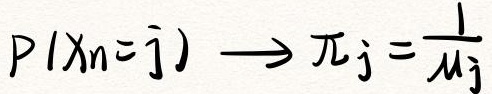
$P(X_n = j) \longrightarrow \pi_j = \frac{1}{\mu_j}$